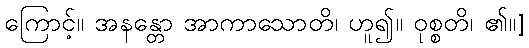
ကြောင့်။ အနန္တော အာကာသောတိ၊ ဟူ၍။ ဝုစ္စတိ၊ ၏။]